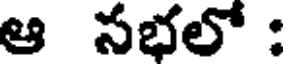
ఆ సభలో :